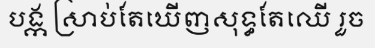
បង្ក ស្រាប់តែឃើញសុទ្ធតែឈើ រួច